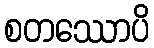
စတဿောပိ